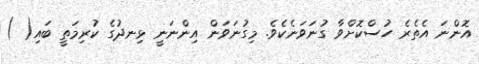
އޮންނަ އެތެރެ ހުސްކޮށްވާ ގުނަވަނެކެވެ. މިގުނަވަން އިންނަނީ ޅިނދުގެ ކުރިމަތީ ބައި( )